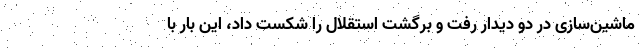
ماشین‌سازی در دو دیدار رفت و برگشت استقلال را شکست داد، این بار با